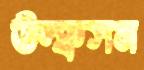
উল্ফসন